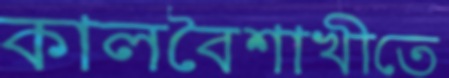
কালবৈশাখীতে